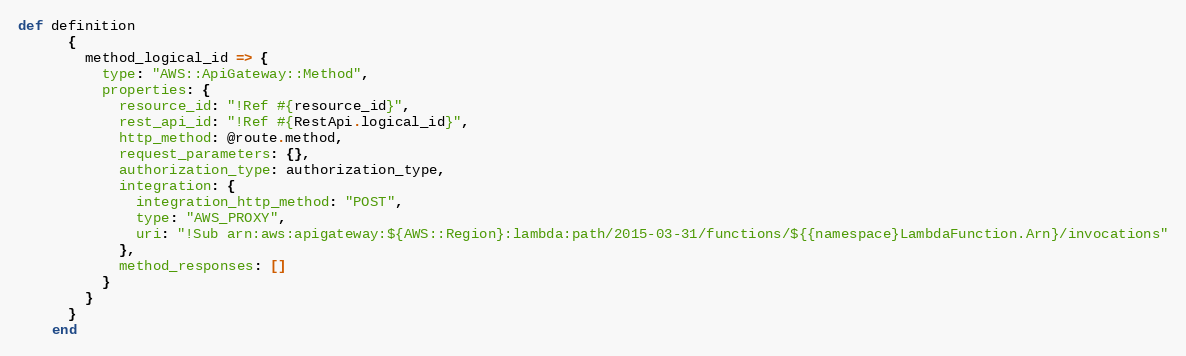
Language: Ruby
def definition
      {
        method_logical_id => {
          type: "AWS::ApiGateway::Method",
          properties: {
            resource_id: "!Ref #{resource_id}",
            rest_api_id: "!Ref #{RestApi.logical_id}",
            http_method: @route.method,
            request_parameters: {},
            authorization_type: authorization_type,
            integration: {
              integration_http_method: "POST",
              type: "AWS_PROXY",
              uri: "!Sub arn:aws:apigateway:${AWS::Region}:lambda:path/2015-03-31/functions/${{namespace}LambdaFunction.Arn}/invocations"
            },
            method_responses: []
          }
        }
      }
    end